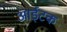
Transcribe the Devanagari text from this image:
आईटक